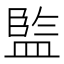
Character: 𭾋